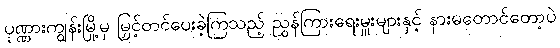
ပုဏ္ဏားကျွန်းမြို့မှ မြှင့်တင်ပေးခဲ့ကြသည့် ညွှန်ကြားရေးမှူးများနှင့် နားမတောင်တော့ပဲ